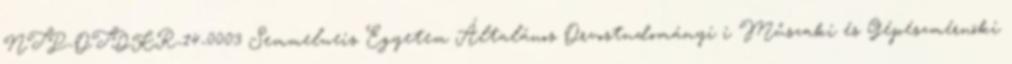
NTP-OTDKR-14-0003 Semmelweis Egyetem Általános Orvostudományi i Műszaki és Gépészmérnöki